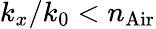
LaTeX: k_{x}/{k_{0}}<n_{\mathrm{Air}}